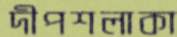
দীপশলাকা